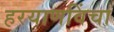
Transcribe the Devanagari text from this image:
हरयाणविंचा